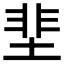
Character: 𡌦